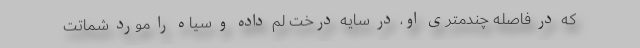
که در فاصله چندمتری او، در سایه درخت لم داده و سیاه را مورد شماتت